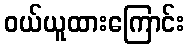
ဝယ်ယူထားကြောင်း